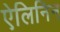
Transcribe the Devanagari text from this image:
ऐलिनिन